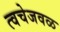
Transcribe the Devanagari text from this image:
त्वचेजवळ